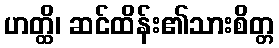
ဟတ္ထိ၊ ဆင်ထိန်း၏သားစိတ္တ